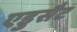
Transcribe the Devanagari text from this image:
एडुसैट